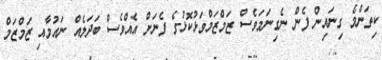
ކިތަންމެ ގިނައިން ފެން ނެގިނަމަވެސް ޒަމްޒަމްވަޅުކޮޅުގެ ފެނަށް އެއްވެސް ބަދަލެއް ނައުމާއި ޒަމްޒަމް